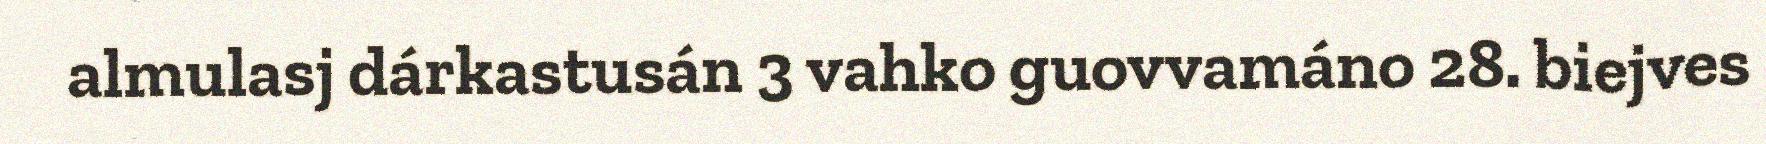
almulasj dárkastusán 3 vahko guovvamáno 28. biejves